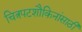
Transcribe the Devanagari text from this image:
चित्रपटशौकिनांसाठी